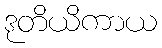
ဒုတိယိကာယ